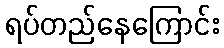
ရပ်တည်နေကြောင်း